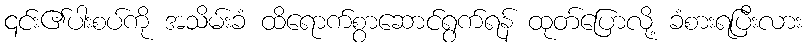
၎င်း၏ပါးစပ်ကို အသိမ်းခံ ထိရောက်စွာဆောင်ရွက်ရန် ထုတ်ပြောလို့ ခံစားရပြီးလား